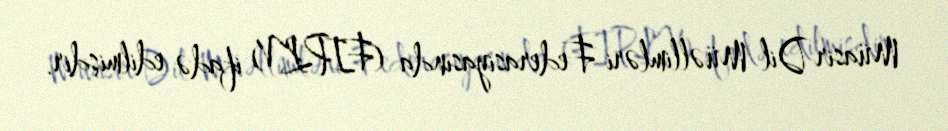
Müasir Dil Müəllimləri Federasiyasında (FIPLV) ifadə edilmişdir.